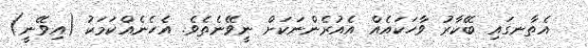
އެތާނގައި ބޭކާރު ވާހަކައެއް އެއުރެންނަކަށް ނީވޭނެތެވެ. އެހެނެއްކަމަކު (އިވޭނީ)